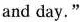
and day."